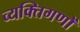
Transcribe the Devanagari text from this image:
व्यक्तिगणों